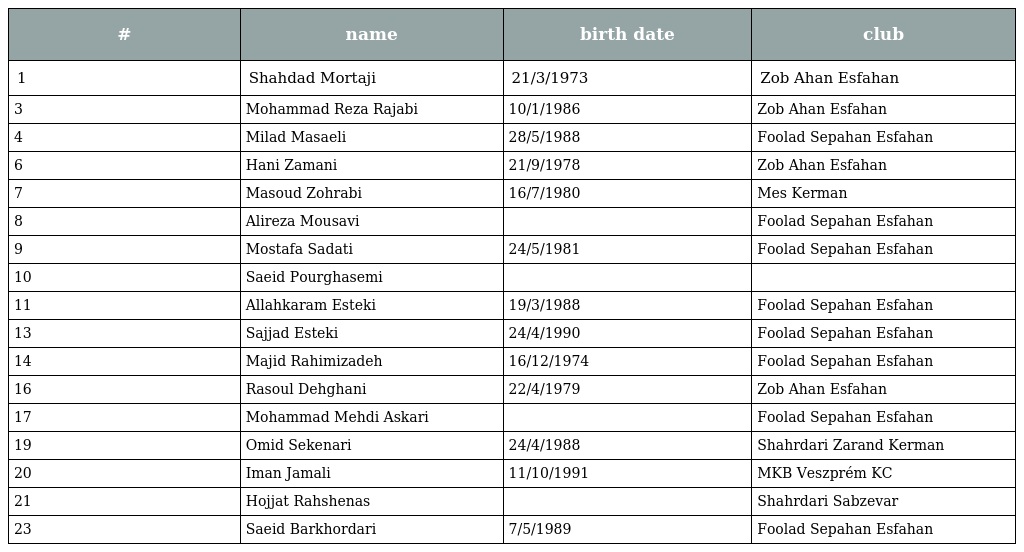
| # | name | birth date | club |
 | --- | --- | --- | --- |
 | 1 | Shahdad Mortaji | 21/3/1973 | Zob Ahan Esfahan |
 | 3 | Mohammad Reza Rajabi | 10/1/1986 | Zob Ahan Esfahan |
 | 4 | Milad Masaeli | 28/5/1988 | Foolad Sepahan Esfahan |
 | 6 | Hani Zamani | 21/9/1978 | Zob Ahan Esfahan |
 | 7 | Masoud Zohrabi | 16/7/1980 | Mes Kerman |
 | 8 | Alireza Mousavi |  | Foolad Sepahan Esfahan |
 | 9 | Mostafa Sadati | 24/5/1981 | Foolad Sepahan Esfahan |
 | 10 | Saeid Pourghasemi |  |  |
 | 11 | Allahkaram Esteki | 19/3/1988 | Foolad Sepahan Esfahan |
 | 13 | Sajjad Esteki | 24/4/1990 | Foolad Sepahan Esfahan |
 | 14 | Majid Rahimizadeh | 16/12/1974 | Foolad Sepahan Esfahan |
 | 16 | Rasoul Dehghani | 22/4/1979 | Zob Ahan Esfahan |
 | 17 | Mohammad Mehdi Askari |  | Foolad Sepahan Esfahan |
 | 19 | Omid Sekenari | 24/4/1988 | Shahrdari Zarand Kerman |
 | 20 | Iman Jamali | 11/10/1991 | MKB Veszprém KC |
 | 21 | Hojjat Rahshenas |  | Shahrdari Sabzevar |
 | 23 | Saeid Barkhordari | 7/5/1989 | Foolad Sepahan Esfahan |